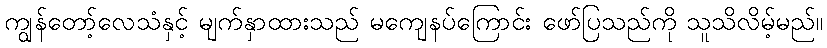
ကျွန်တော့်လေသံနှင့် မျက်နှာထားသည် မကျေနပ်ကြောင်း ဖော်ပြသည်ကို သူသိလိမ့်မည်။